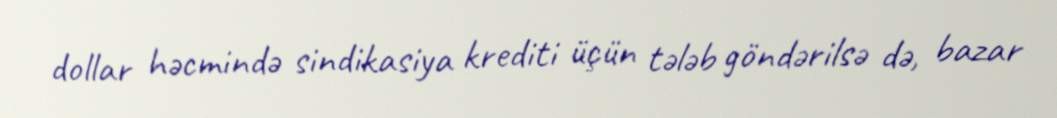
dollar həcmində sindikasiya krediti üçün tələb göndərilsə də, bazar